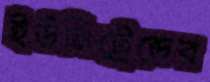
ইউনিট্রেন্ডের